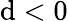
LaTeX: \mathrm{d}<0